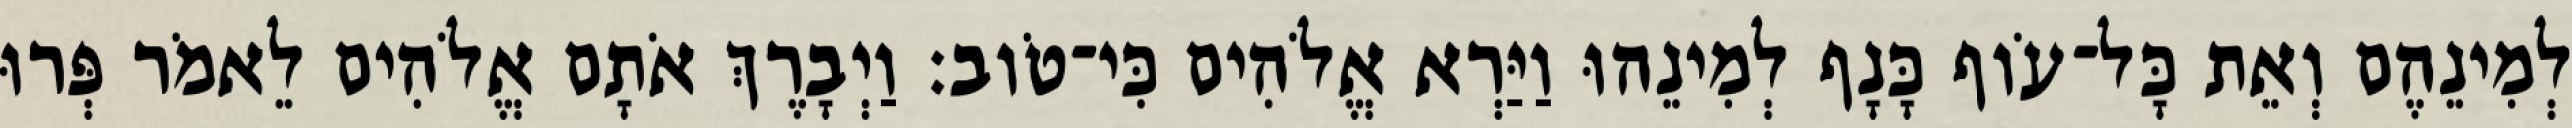
לְמִינֵהֶם וְאֵת כָּל־עֹוף כָּנָף לְמִינֵהוּ וַיַּרְא אֱלֹהִים כִּי־טֹוב׃ וַיְבָרֶךְ אֹתָם אֱלֹהִים לֵאמֹר פְּרוּ